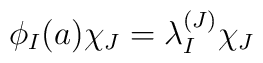
\phi _I(a)\chi _J=\lambda _I^{(J)}\chi _J